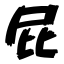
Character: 屁